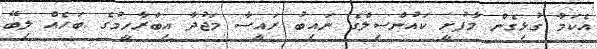
އެކަމާ ގުޅިގެން މާފުށީ ކައުންސިލްގެ ނައިބު ރައީސާ މަޖުދާ އިބްރާހީމުގެ ބަހެއް ލިބޭ